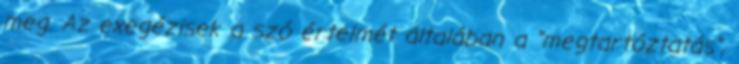
meg. Az exegézisek a szó értelmét általában a "megtartóztatás",